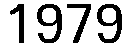
1979